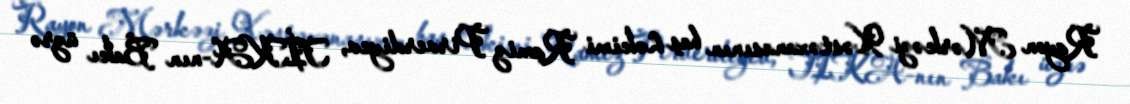
Rayon Mərkəzi Xəstəxanasının baş həkimi Ramiz Pirverdiyev, TİKA-nın Bakı üzrə